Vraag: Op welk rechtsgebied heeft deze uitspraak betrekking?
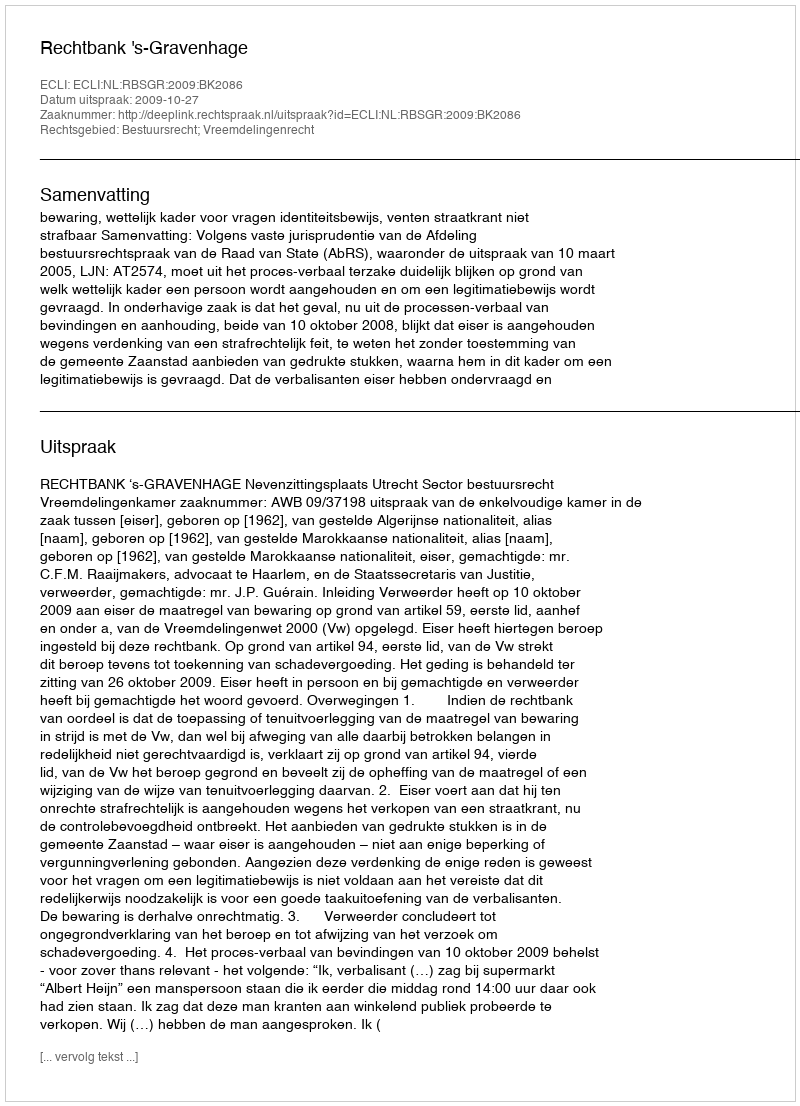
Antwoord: Bestuursrecht; Vreemdelingenrecht